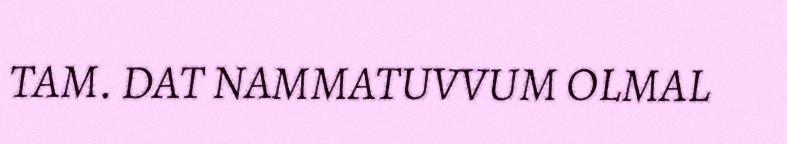
TAM. DAT NAMMATUVVUM OLMAL